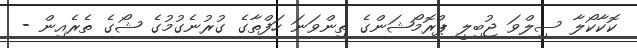
ކޮކާކޯލާ ސިލްވަ ޖުބިލީ ޕްރޮމޯޝަންގެ ތިންވަނަ ހަފްތާގެ ގުރުނެގުމުގެ ޝޯގެ ތެރެއިން -